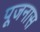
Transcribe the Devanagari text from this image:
पूजनास